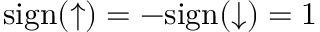
\mathrm { s i g n } ( \uparrow ) = - \mathrm { s i g n } ( \downarrow ) = 1